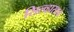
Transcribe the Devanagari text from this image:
सिल्व्हासाचे